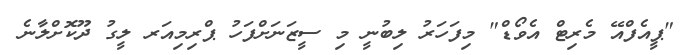
"ޕީއެފްއޭ މެރިޓް އެވޯޑް" މިފަހަރު ލިބުނީ މި ސީޒަނަށްފަހު ޕްރިމިއަރ ލީގު ދޫކޮށްލާނެ